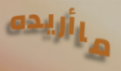
ماأريده